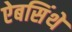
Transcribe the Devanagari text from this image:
ऐबसिंथे